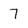
Character: 7